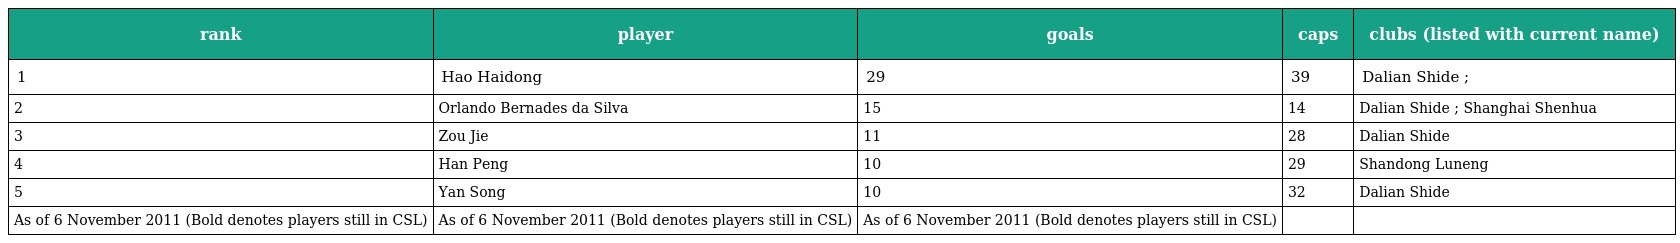
| rank | player | goals | caps | clubs (listed with current name) |
 | --- | --- | --- | --- | --- |
 | 1 | Hao Haidong | 29 | 39 | Dalian Shide ; |
 | 2 | Orlando Bernades da Silva | 15 | 14 | Dalian Shide ; Shanghai Shenhua |
 | 3 | Zou Jie | 11 | 28 | Dalian Shide |
 | 4 | Han Peng | 10 | 29 | Shandong Luneng |
 | 5 | Yan Song | 10 | 32 | Dalian Shide |
 | As of 6 November 2011 (Bold denotes players still in CSL) | As of 6 November 2011 (Bold denotes players still in CSL) | As of 6 November 2011 (Bold denotes players still in CSL) |  |  |